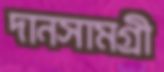
দানসামগ্রী